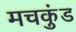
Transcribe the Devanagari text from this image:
मचकुंड